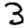
Digit: 3